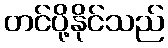
တင်ပို့နိုင်သည်